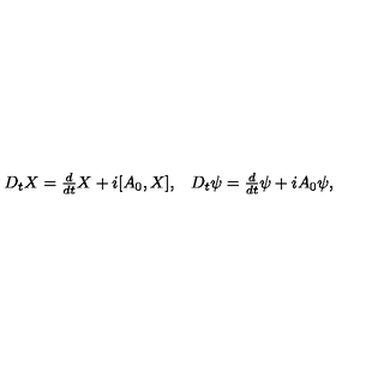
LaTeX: \begin{array} { c c } { D _ { t } X = \frac { d } { d t } X + i [ A _ { 0 } , X ] , } & { D _ { t } \psi = \frac { d } { d t } \psi + i A _ { 0 } \psi , } \\ \end{array}